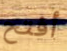
أفتح